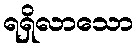
ရရှိလာသော